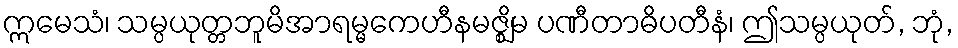
ဣမေသံ၊ သမ္ပယုတ္တဘူမိအာရမ္မကေဟီနမဇ္ဈိမ ပဏီတာဓိပတီနံ၊ ဤသမ္ပယုတ်, ဘုံ,